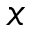
x